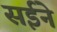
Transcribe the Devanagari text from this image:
सईने